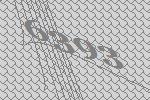
6393